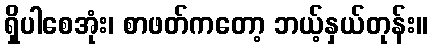
ရှိပါစေအုံး၊ စာဖတ်ကတော့ ဘယ့်နှယ်တုန်း။